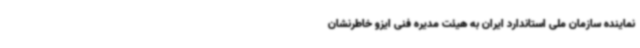
نماینده سازمان ملی استاندارد ایران به هیئت مدیره فنی ایزو خاطرنشان